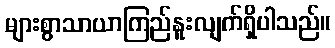
များစွာသာယာကြည်နူးလျက်ရှိပါသည်။